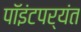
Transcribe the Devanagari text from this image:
पॉइंटपर्यंत